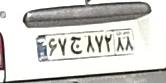
۶۷ج۸۷۲۸۸